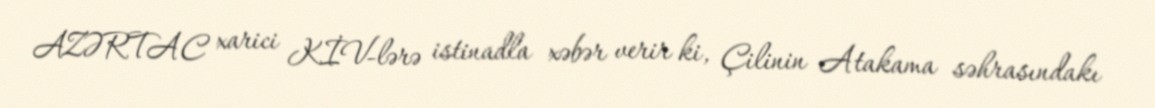
AZƏRTAC xarici KİV-lərə istinadla xəbər verir ki, Çilinin Atakama səhrasındakı